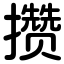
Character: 攒